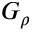
G _ { \rho }